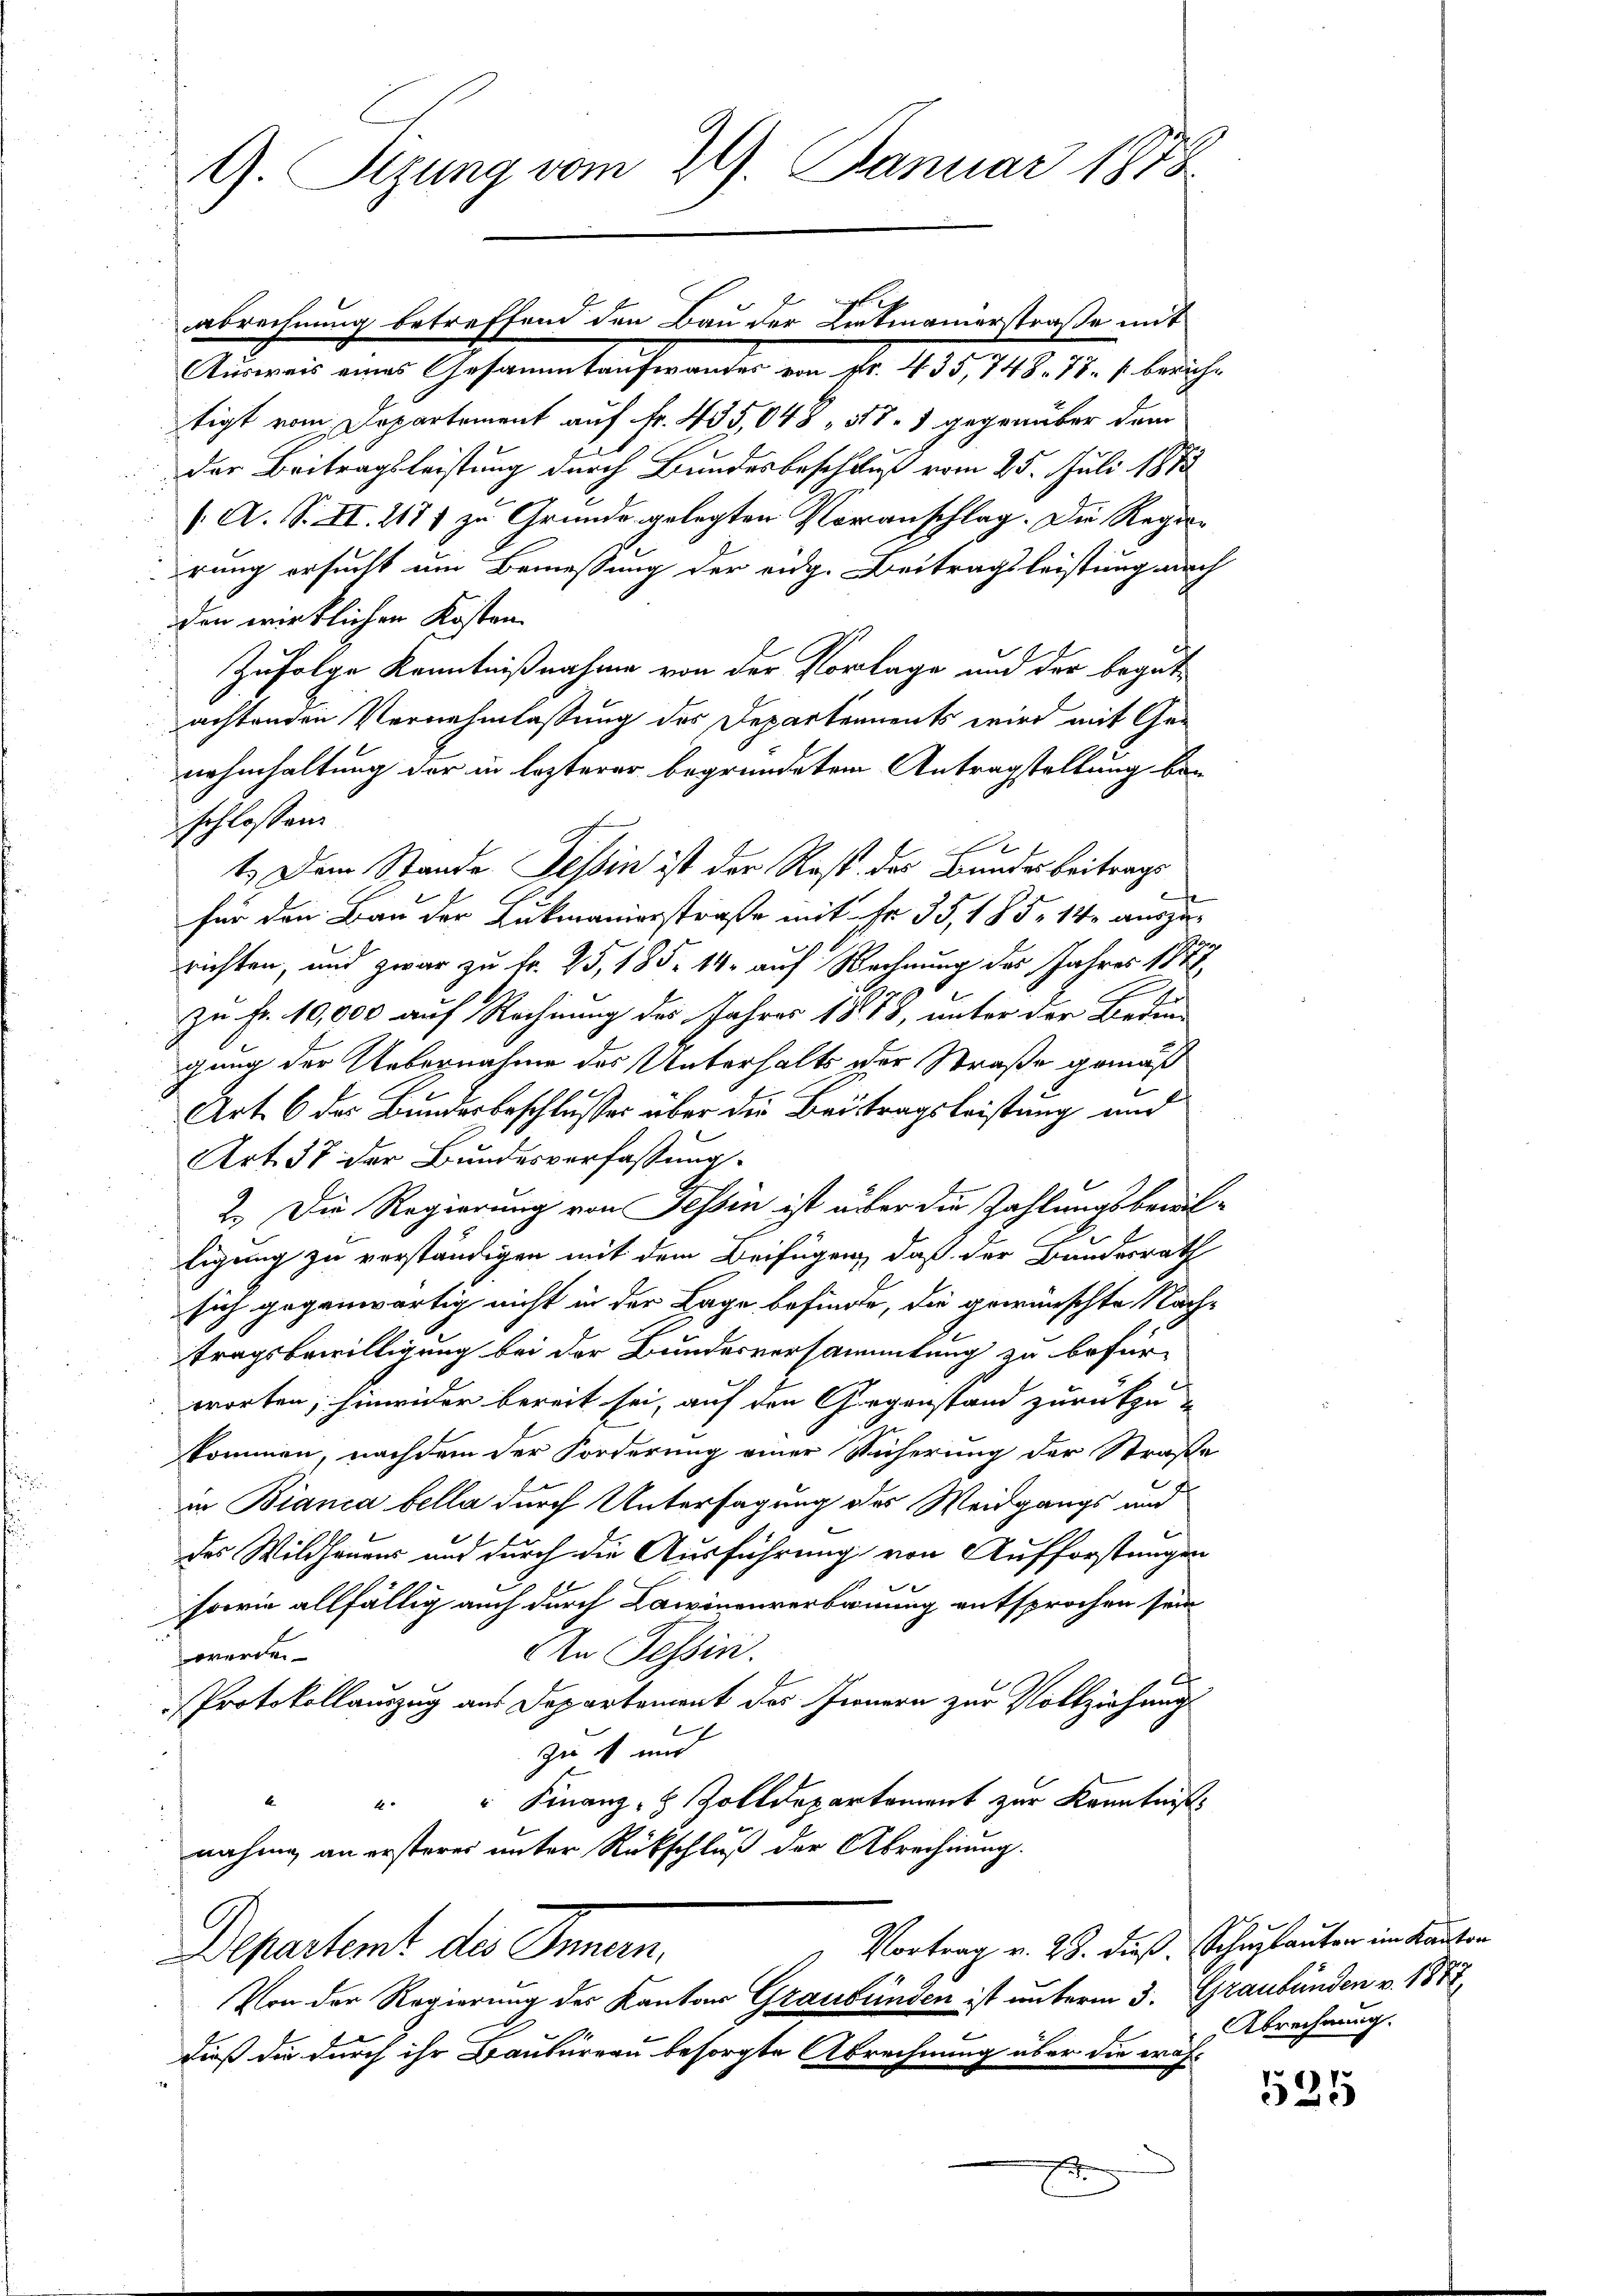
G. Sizung vom 29. Januar 1878.

tigt vom Departement auf Fr. 435,048, 58. 1 gegenüber dem
der Beitragsleistung durch Bundesbeschluß vom 25. Juli 1873
/. A. S. II. 217) zu Grunde gelegten Voranschlag. Die Regieprung ersucht um Bemessung der eidg. Beitragsleistung auch
den wirklichen Kosten.
Zufolge Kenntnißnahme von der Vorlage und der begutachtenden Vernehmlassung des Departements wird mit Genahmhaltung der in lezterer begründetem Antragstellung beschlossen.
t. Dem Stande Tessin ist der Rest der Bundesbeitrage
e
für den Bau der Lukmanierstraße mit ihr 35, 185. 14. auszurichten, und zwar zu Fr. 25, 185. 14. auf Rechnung des Jahres 1881
zu Fr. 10,000 auf Rechnung des Jahres 1888, unter der Bedin
gung der Uebernahme des Unterhalts der Straße gemäß
Art. 6 des Bundesbeschlusses über die Beitragsleistung und
Art. 38 der Bundesverfassung.
2.) Die Regierung von Tessin ist aber die Zahlungsbewil
tigung zu verständigen mit dem Beifügen, daß der Bundesrath
sich gegenwärtig nicht in der Lage befinde, die gewünschte Nachtragsbewilligung bei der Bundesversammlung zu befürworten; hinwider bereit sei, auf den Gegenstand zurückzu-
kommen, nachdem der Forderung einer Sicherung der Straße
in Bianca bella durch Untersagung des Weidgangs und
des Wildhauens und durch die Ausführung von Aufforstungen
x
sowie allfällig auch durch Lawinenverbinung entsprochen sein
In Tessin.
werden

Protokollauszug aus Departement des Innern zur Vollziehung
zu fund
A
" Finanz-8 Zolldepartement zur Kenntniss
nähme, an ersteres unter Rückschluß der Abrechnung.
Vortrag v. 28. dieß. Schulauten im Kanton
Departent des Innen.
Von der Regierung der Kantons Graubünden ist unterm 3. Graubünden v. 1877
dieß die durch ihr Baubureau besorgte Abrechnung über die wähx

abrechnung betreffend den Bau der Lickmanierstraße mit
Ausweis eines Gesammtaufwandes von fr. 435, 748. 78. berich

Abrechnung.

525